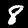
Digit: 8